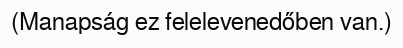
(Manapság ez felelevenedőben van.)